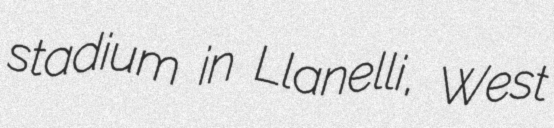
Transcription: stadium in Llanelli, West